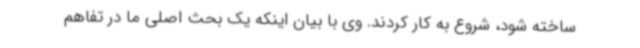
ساخته شود، شروع به کار کردند. وی با بیان اینکه یک بحث اصلی ما در تفاهم